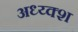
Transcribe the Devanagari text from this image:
अध्य्क्श